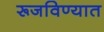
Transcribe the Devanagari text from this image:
रूजविण्यात